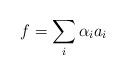
LaTeX: \begin{align*}f=\sum_i\alpha_i a_i\end{align*}